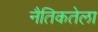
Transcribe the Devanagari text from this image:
नैतिकतेला